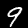
Digit: 9